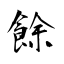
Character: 餘